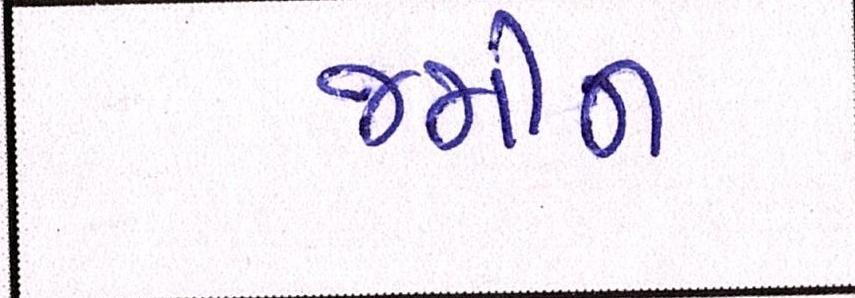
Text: જમીન